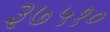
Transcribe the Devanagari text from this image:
३७५१०